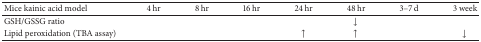
| Mice kainic acid model | 4 hr | 8 hr | 16 hr | 24 hr | 48 hr | 3–7 d | 3 week |
 | --- | --- | --- | --- | --- | --- | --- | --- |
 | GSH/GSSG ratio |  |  |  |  | ↓ |  |  |
 | Lipid peroxidation (TBA assay) |  |  |  | ↑ | ↑ |  | ↓ |